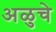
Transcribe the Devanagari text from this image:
अळुचे